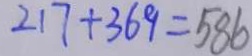
2 1 7 + 3 6 9 = 5 8 6